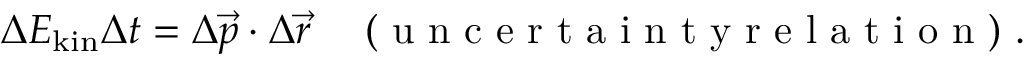
{ \Delta E _ { \mathrm { k i n } } } { \Delta t } = { \Delta } \vec { p } \cdot { \Delta \vec { r } } \enspace \enspace \mathrm { ~ ( ~ u ~ n ~ c ~ e ~ r ~ t ~ a ~ i ~ n ~ t ~ y ~ r ~ e ~ l ~ a ~ t ~ i ~ o ~ n ~ ) ~ } .